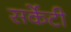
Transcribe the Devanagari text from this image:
सर्केटी